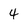
Character: 4